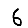
Digit: 6